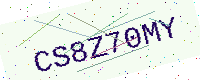
Text: CS8Z70MY